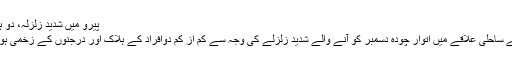
پیرو میں شدید زلزلہ، دو ہلاک سونامی کا انتباہ منسوخ
جنوبی امریکی ملک پیرو کے ساحلی علاقے میں اتوار چودہ دسمبر کو آنے والے شدید زلزلے کی وجہ سے کم از کم دوافراد کے ہلاک اور درجنوں کے زخمی ہونے کی تصدیق کی گئی ہے۔